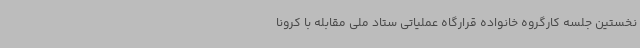
نخستین جلسه کارگروه خانواده قرارگاه عملیاتی ستاد ملی مقابله با کرونا